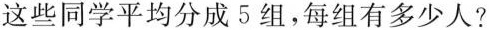
这些同学平均分成5组，每组有多少人?